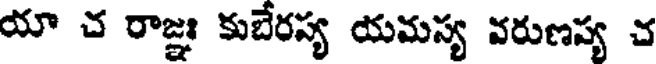
యా చ రాజ్ఞః కుబేరస్య యమస్య వరుణస్య చ